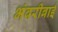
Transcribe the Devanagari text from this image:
भंवरीबाई